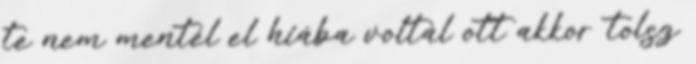
te nem mentél el hiába voltál ott akkor tolsz